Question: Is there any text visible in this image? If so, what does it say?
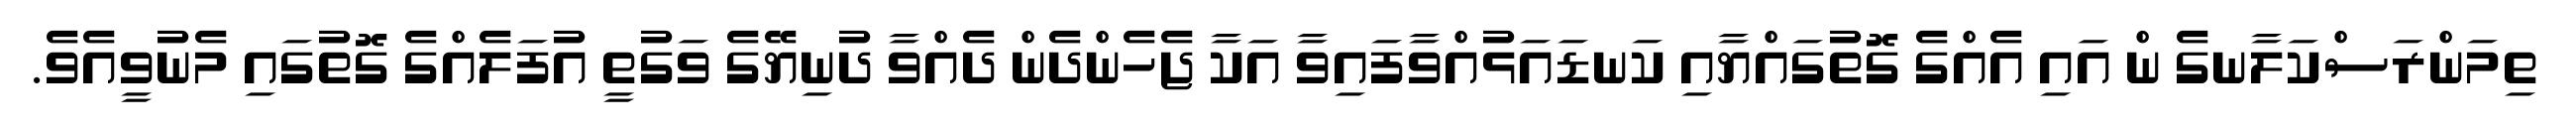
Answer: ތިމަންރަސްކަލާނގެ ން އައި އެއްގެ ގޮތުގައްޔާއި ކަނޑައަޅުއްވާފައިވާ އަކާ ޖެހެންދެން ދެއްވާ ދުނިޔޭގެ ވަގުތީ އުފަލެއްގެ ގޮތުގައި މެނުވީއެވެ.